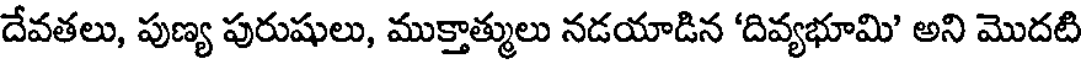
దేవతలు, పుణ్య పురుషులు, ముక్తాత్ములు నడయాడిన 'దివ్యభూమి' అని మొదటి